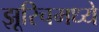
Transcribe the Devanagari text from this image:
झूरिचमध्ये